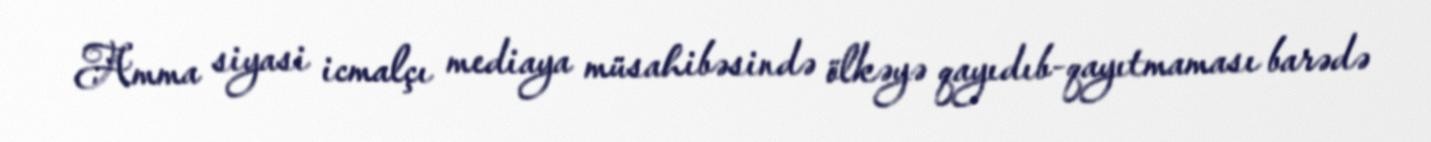
Amma siyasi icmalçı mediaya müsahibəsində ölkəyə qayıdıb-qayıtmaması barədə